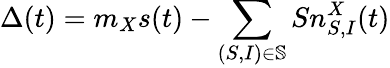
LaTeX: \Delta(t)=m_{X}s(t)-\sum_{(S,I)\in\mathbb{S}}Sn_{S,I}^{X}(t)